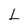
Character: L